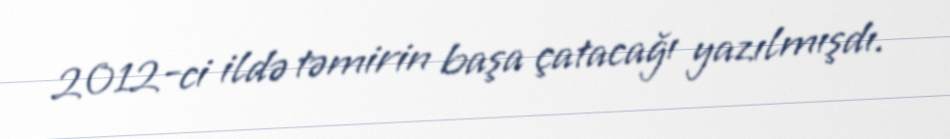
2012-ci ildə təmirin başa çatacağı yazılmışdı.